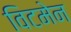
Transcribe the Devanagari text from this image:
विटमेन